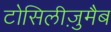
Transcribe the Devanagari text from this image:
टोसिलीज़ुमैब